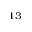
^ { 1 3 }